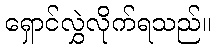
ရှောင်လွှဲလိုက်ရသည်။